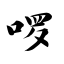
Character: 啰